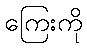
ကြေးကို